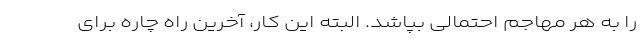
را به هر مهاجم احتمالی بپاشد. البته این کار، آخرین راه چاره برای